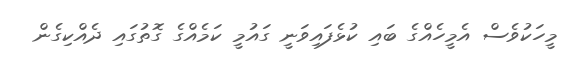
މީހަކުވެސް އެމީހެއްގެ ބައި ކުޅެފައިވަނީ ގައުމީ ކަމެއްގެ ގޮތުގައި ދެއްކިގެން